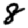
Digit: 8